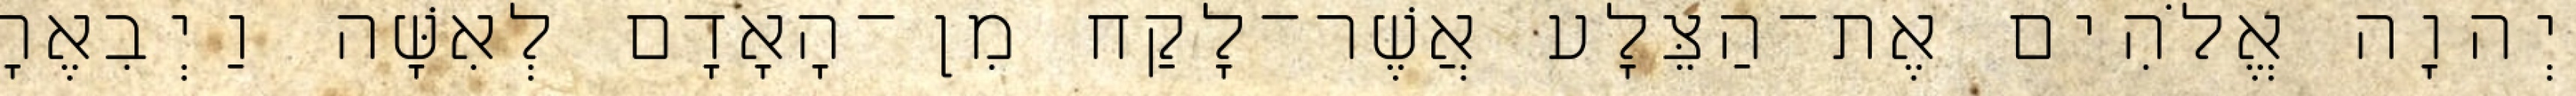
יְהוָה אֱלֹהִים אֶת־הַצֵּלָע אֲשֶׁר־לָקַח מִן־הָאָדָם לְאִשָּׁה וַיְבִאֶהָ